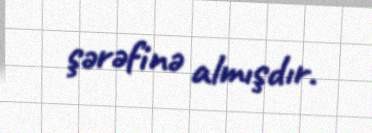
şərəfinə almışdır.